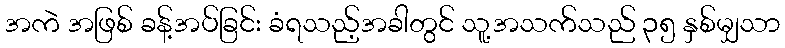
အကဲ အဖြစ် ခန့်အပ်ခြင်း ခံရသည့်အခါတွင် သူ့အသက်သည် ၃၅ နှစ်မျှသာ